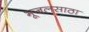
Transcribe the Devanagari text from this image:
भूजलसाठा